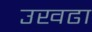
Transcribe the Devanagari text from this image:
उखढा